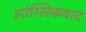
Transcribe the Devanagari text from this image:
आंग्लिकवाद